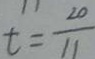
t = \frac { 2 0 } { 1 1 }